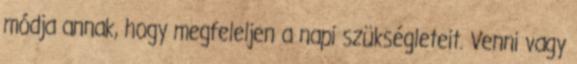
módja annak, hogy megfeleljen a napi szükségleteit. Venni vagy